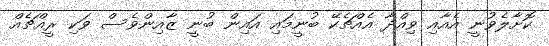
ކޮށާލެވުނީ އެއާއި ވިއްދާ އެއްޗެކޭ ބުނީމައި އައިން ބުނީ ޒާއިންވެސް ވަކި ރީއްޗެއް